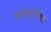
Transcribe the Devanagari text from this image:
समाप्तीचा